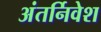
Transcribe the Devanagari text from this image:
अंतर्निवेश